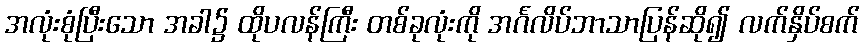
အလုံးစုံပြီးသော အခါ၌ ထိုပလန်ကြီး တစ်ခုလုံးကို အင်္ဂလိပ်ဘာသာပြန်ဆို၍ လက်နှိပ်စက်